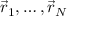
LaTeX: { \vec { r } } _ { 1 } , \ldots , { \vec { r } } _ { N }